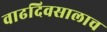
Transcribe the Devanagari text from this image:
वाढदिवसालाच